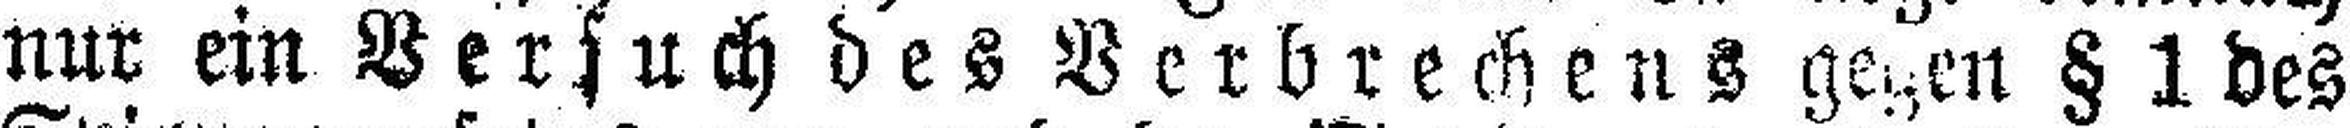
nur ein Versuch des Verbrechens gegen § 1 des